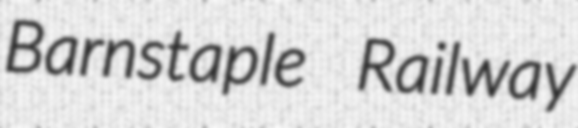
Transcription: Barnstaple Railway